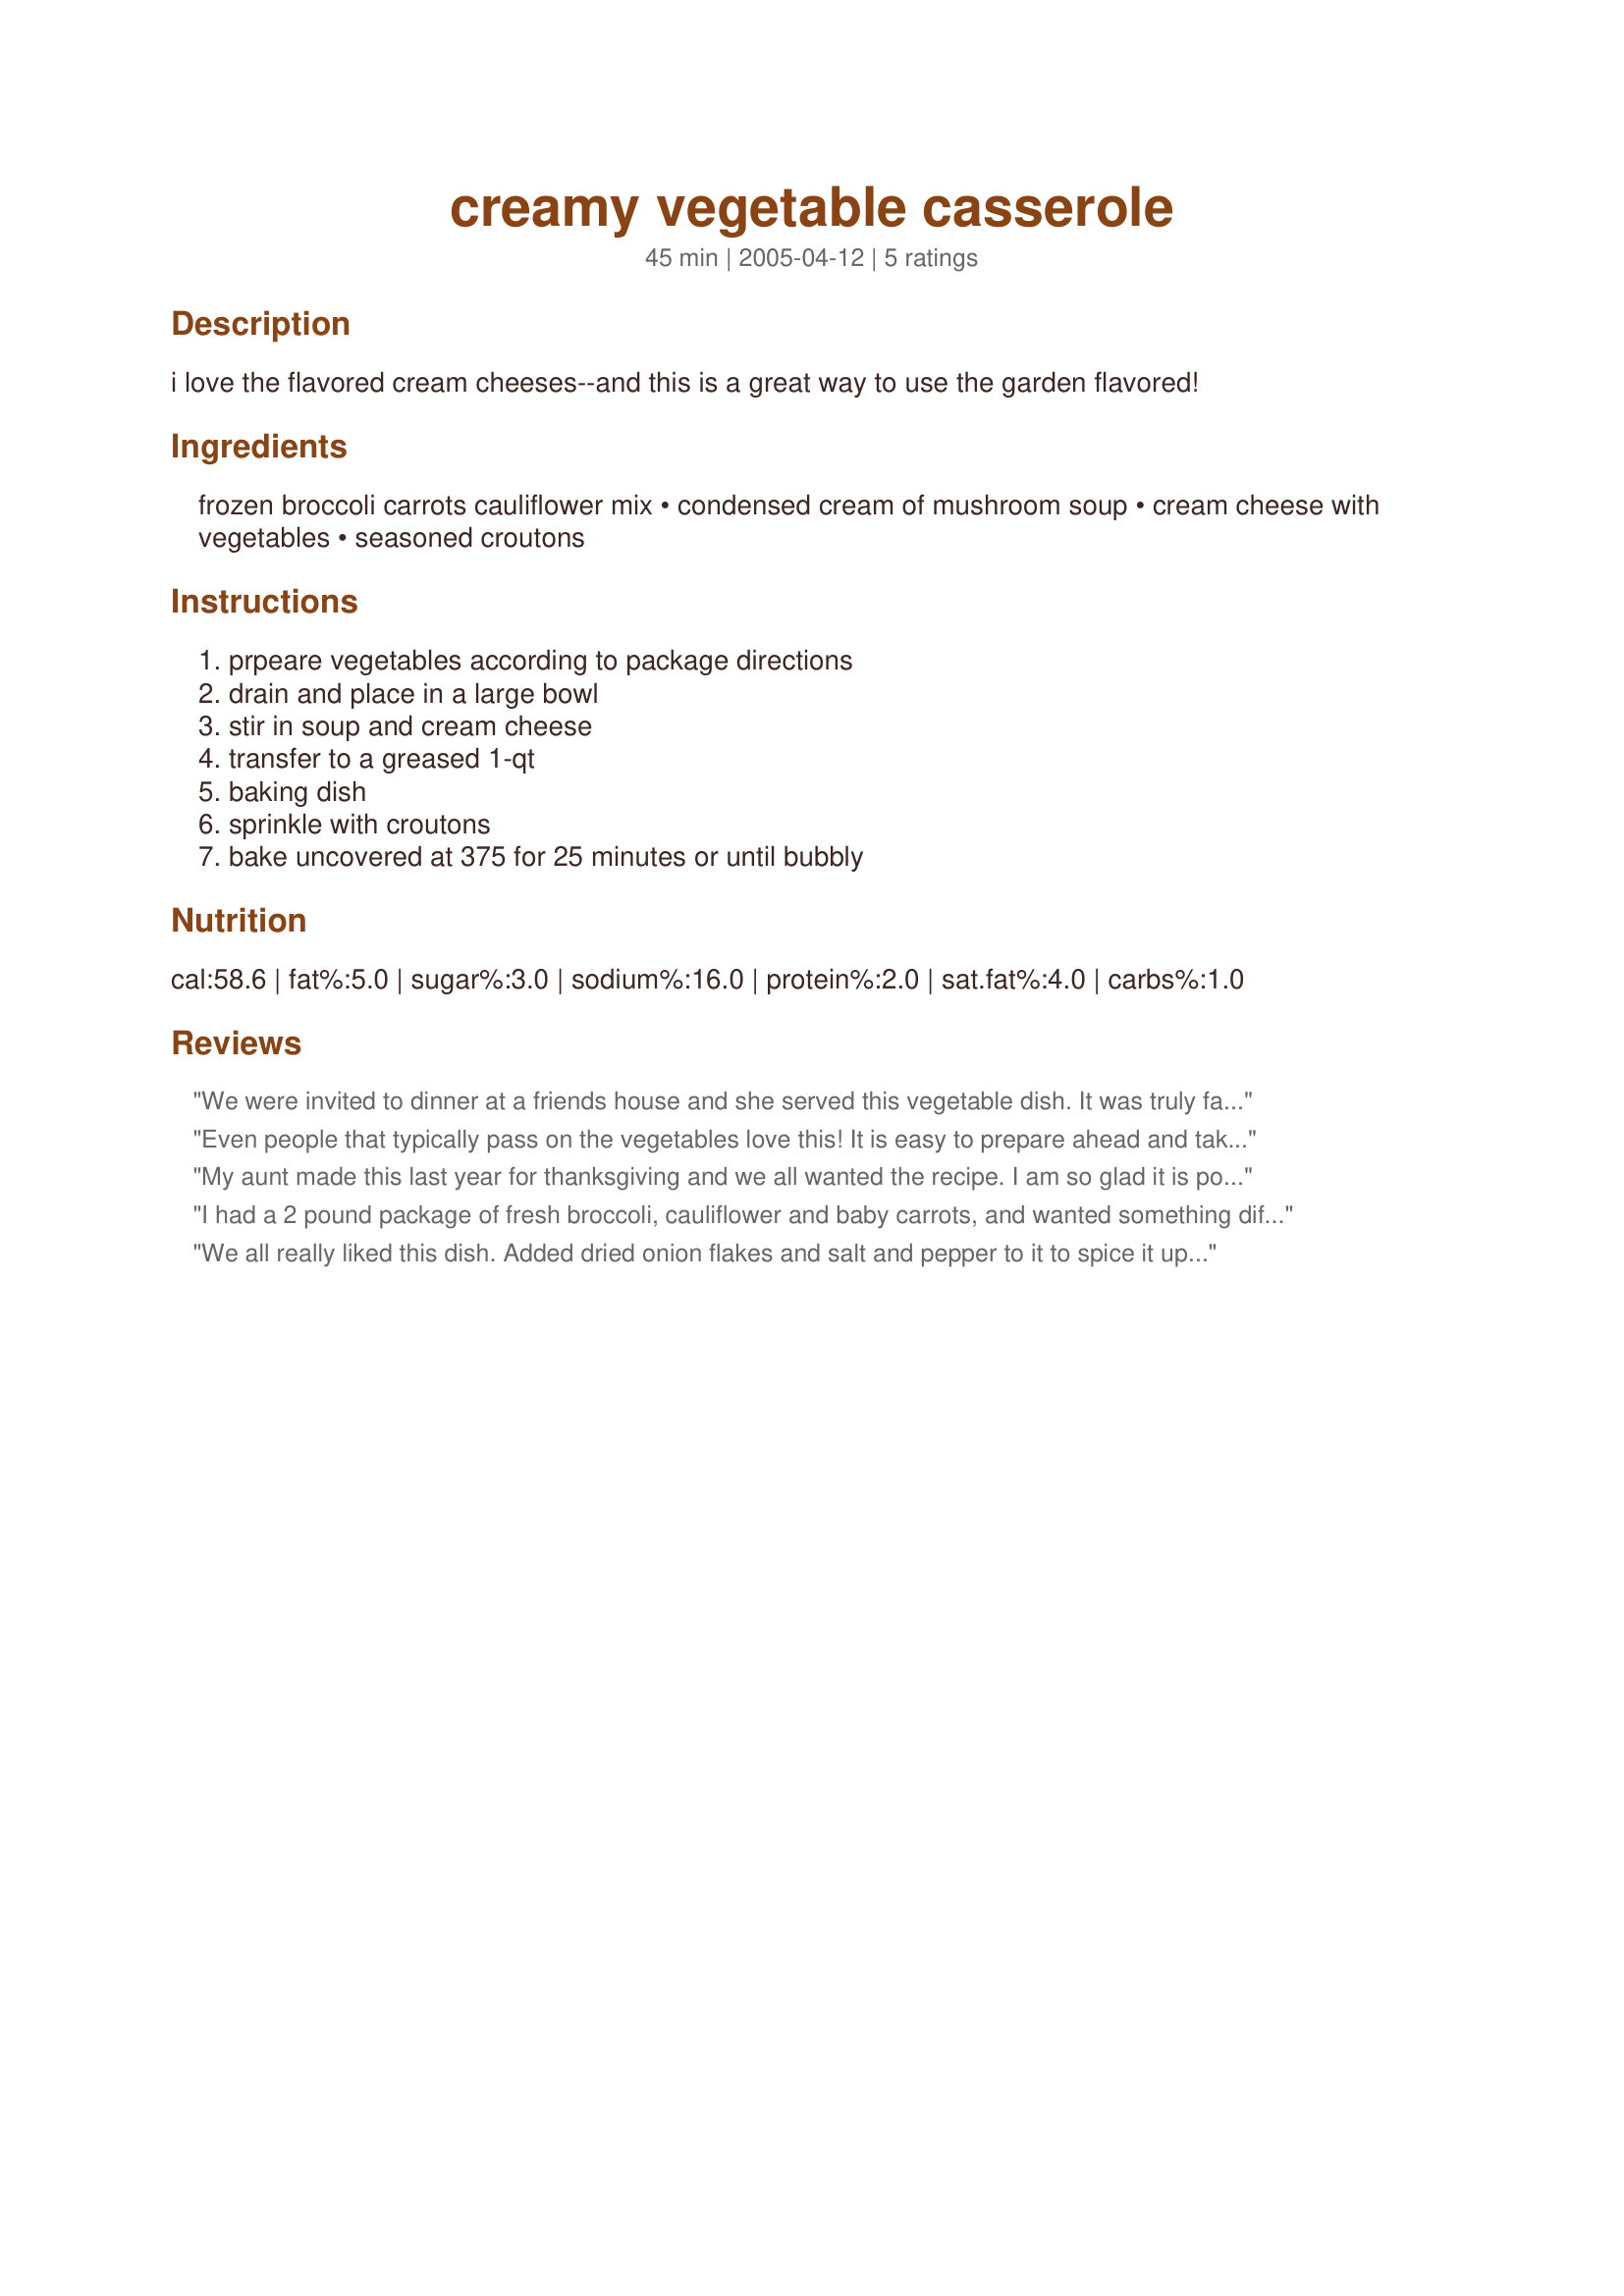
creamy vegetable casserole
Preparation time: 45 minutes

i love the flavored cream cheeses--and this is a great way to use the garden flavored!

Ingredients:
frozen broccoli carrots cauliflower mix, condensed cream of mushroom soup, cream cheese with vegetables, seasoned croutons

Steps:
prpeare vegetables according to package directions, drain and place in a large bowl, stir in soup and cream cheese, transfer to a greased 1-qt, baking dish, sprinkle with croutons, bake uncovered at 375 for 25 minutes or until bubbly

Reviews:
We were invited to dinner at a friends house and she served this vegetable dish. It was truly fabulous! It is so rich and creamy flavored! I'm glad I found this...will be adding it to my cookbook right away!
Even people that typically pass on the vegetables love this! It is easy to prepare ahead and take with you to bake anywhere.
My aunt made this last year for thanksgiving and we all wanted the recipe. I am so glad it is posted here on recipezaar.
I had a 2 pound package of fresh broccoli, cauliflower and baby carrots, and wanted something different to make with it. I cooked them in the microwave and drained them. I didn't have the seasoned cream cheese, so I softened a block of cream cheese and added parsley, onion powder, garlic powder, and seasoned salt. I also added a drained can of mushrooms. It baked up creamy and delicious! There was plenty of sauce for the 2 pounds of fresh veggies, and it doubled the amount of servings. I used light soup and cheese and it didn't taste light at all. Next time I'll plan ahead and make it correctly. This is a keeper. Thanks for posting!
We all really liked this dish. Added dried onion flakes and salt and pepper to it to spice it up a bit. Also, by accident used the onion flavored cream cheese and it was delicious. Definite keeper!!I also used fresh vegetables and steamed them first al dente. Make sure the cream cheese is softened so that it mixes up well.Also, I like it creamy so I used a 12oz. bag of fresh veggies and one more thing that I like, I crush the croutons before I spread them on top! I wanted to add some changes that I've made now that I've made this a few times. I like my veggies crunchy, so I don't even cook the veggies first. I make my own flavored cream cheese because one day I couldn't find any flavored cream cheese. I soften up 8oz. of cream cheese, then I use a lemon zester and grate about 8 cloves of fresh garlic. I add salt, pepper, cayenne pepper and then whatever fresh herbs I have on hand. Dill is good, basil is good, whatever you have works well. I have also used other "cream of" soups, for instance, cream of celery, or cream of broccoli, and that works well too. The other change that I made was instead of using croutons on the top, I've been using the French's crispy fried onions. I cover the whole dish with these fried onions, and man oh man, does that turn out good. Try it!!
